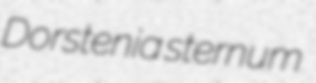
Dorstenia sternum